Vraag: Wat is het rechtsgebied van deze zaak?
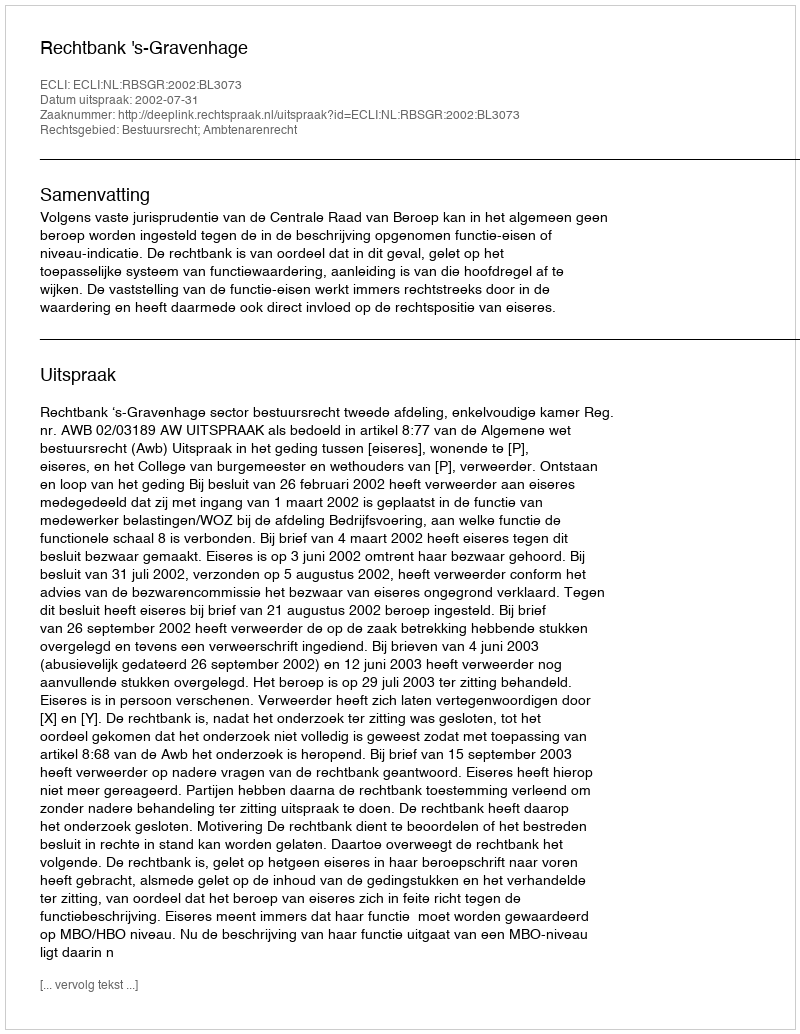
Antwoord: Bestuursrecht; Ambtenarenrecht